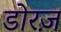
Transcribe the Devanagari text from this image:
डोरज़